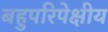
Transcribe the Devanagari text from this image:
बहुपरिपेक्षीय